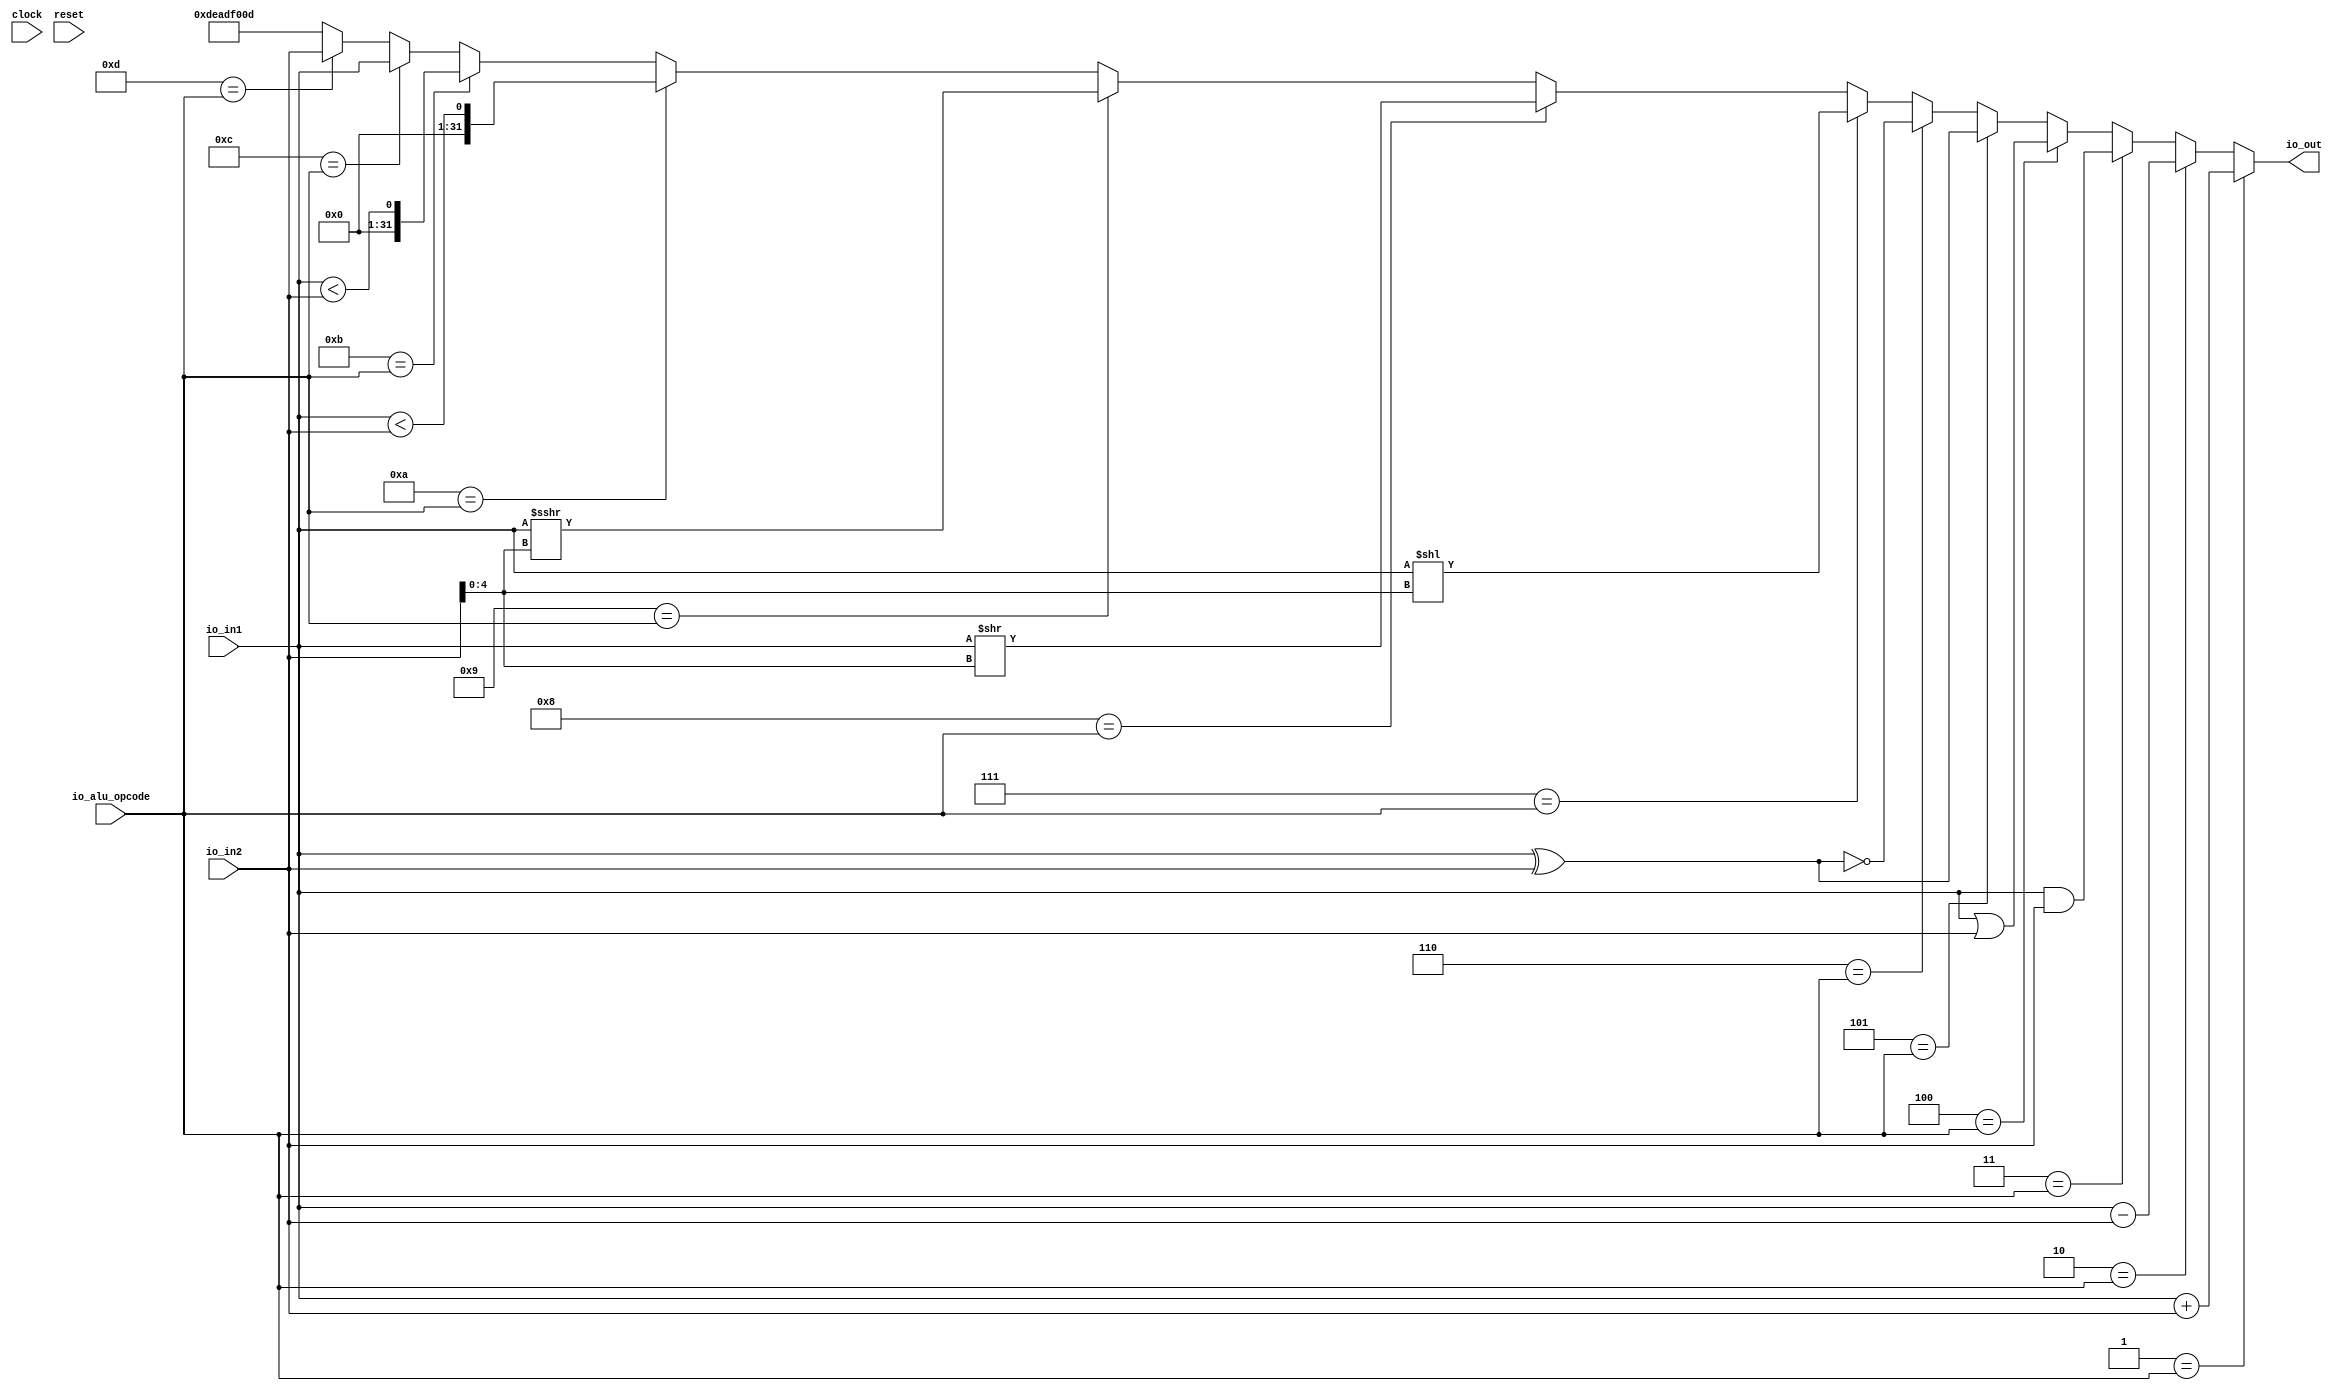
module ALU( // @[:@3.2]
  input         clock, // @[:@4.4]
  input         reset, // @[:@5.4]
  input  [31:0] io_in1, // @[:@6.4]
  input  [31:0] io_in2, // @[:@6.4]
  input  [12:0] io_alu_opcode, // @[:@6.4]
  output [31:0] io_out // @[:@6.4]
);
  wire [31:0] _T_21 = io_in1 + io_in2; // @[ALUTester.scala 38:32:@13.4]
  wire [31:0] _T_24 = io_in1 - io_in2; // @[ALUTester.scala 39:32:@16.4]
  wire [31:0] _T_25 = io_in1 & io_in2; // @[ALUTester.scala 40:32:@17.4]
  wire [31:0] _T_26 = io_in1 | io_in2; // @[ALUTester.scala 41:31:@18.4]
  wire [31:0] _T_27 = io_in1 ^ io_in2; // @[ALUTester.scala 42:32:@19.4]
  wire [31:0] _T_29 = ~_T_27; // @[ALUTester.scala 43:26:@21.4]
  wire [62:0] _GEN_0 = {{31'd0}, io_in1}; // @[ALUTester.scala 44:38:@23.4]
  wire [62:0] _T_31 = _GEN_0 << io_in2[4:0]; // @[ALUTester.scala 44:38:@23.4]
  wire [31:0] _T_33 = io_in1 >> io_in2[4:0]; // @[ALUTester.scala 45:46:@25.4]
  wire [31:0] _T_37 = $signed(io_in1) >>> io_in2[4:0]; // @[ALUTester.scala 48:73:@29.4]
  wire  _T_40 = $signed(io_in1) < $signed(io_in2); // @[ALUTester.scala 49:47:@32.4]
  wire  _T_41 = io_in1 < io_in2; // @[ALUTester.scala 50:48:@33.4]
  wire  _T_42 = 13'hd == io_alu_opcode; // @[Mux.scala 46:19:@34.4]
  wire [31:0] _T_43 = _T_42 ? io_in2 : 32'hdeadf00d; // @[Mux.scala 46:16:@35.4]
  wire  _T_44 = 13'hc == io_alu_opcode; // @[Mux.scala 46:19:@36.4]
  wire [31:0] _T_45 = _T_44 ? io_in1 : _T_43; // @[Mux.scala 46:16:@37.4]
  wire  _T_46 = 13'hb == io_alu_opcode; // @[Mux.scala 46:19:@38.4]
  wire [31:0] _T_47 = _T_46 ? {{31'd0}, _T_41} : _T_45; // @[Mux.scala 46:16:@39.4]
  wire  _T_48 = 13'ha == io_alu_opcode; // @[Mux.scala 46:19:@40.4]
  wire [31:0] _T_49 = _T_48 ? {{31'd0}, _T_40} : _T_47; // @[Mux.scala 46:16:@41.4]
  wire  _T_50 = 13'h9 == io_alu_opcode; // @[Mux.scala 46:19:@42.4]
  wire [31:0] _T_51 = _T_50 ? _T_37 : _T_49; // @[Mux.scala 46:16:@43.4]
  wire  _T_52 = 13'h8 == io_alu_opcode; // @[Mux.scala 46:19:@44.4]
  wire [31:0] _T_53 = _T_52 ? _T_33 : _T_51; // @[Mux.scala 46:16:@45.4]
  wire  _T_54 = 13'h7 == io_alu_opcode; // @[Mux.scala 46:19:@46.4]
  wire [62:0] _T_55 = _T_54 ? _T_31 : {{31'd0}, _T_53}; // @[Mux.scala 46:16:@47.4]
  wire  _T_56 = 13'h6 == io_alu_opcode; // @[Mux.scala 46:19:@48.4]
  wire [62:0] _T_57 = _T_56 ? {{31'd0}, _T_29} : _T_55; // @[Mux.scala 46:16:@49.4]
  wire  _T_58 = 13'h5 == io_alu_opcode; // @[Mux.scala 46:19:@50.4]
  wire [62:0] _T_59 = _T_58 ? {{31'd0}, _T_27} : _T_57; // @[Mux.scala 46:16:@51.4]
  wire  _T_60 = 13'h4 == io_alu_opcode; // @[Mux.scala 46:19:@52.4]
  wire [62:0] _T_61 = _T_60 ? {{31'd0}, _T_26} : _T_59; // @[Mux.scala 46:16:@53.4]
  wire  _T_62 = 13'h3 == io_alu_opcode; // @[Mux.scala 46:19:@54.4]
  wire [62:0] _T_63 = _T_62 ? {{31'd0}, _T_25} : _T_61; // @[Mux.scala 46:16:@55.4]
  wire  _T_64 = 13'h2 == io_alu_opcode; // @[Mux.scala 46:19:@56.4]
  wire [62:0] _T_65 = _T_64 ? {{31'd0}, _T_24} : _T_63; // @[Mux.scala 46:16:@57.4]
  wire  _T_66 = 13'h1 == io_alu_opcode; // @[Mux.scala 46:19:@58.4]
  wire [62:0] _T_67 = _T_66 ? {{31'd0}, _T_21} : _T_65; // @[Mux.scala 46:16:@59.4]
  wire  _T_71 = ~reset; // @[ALUTester.scala 57:11:@63.6]
  assign io_out = _T_67[31:0];
  always @(posedge clock) begin
    `ifndef SYNTHESIS
    `ifdef PRINTF_COND
      if (`PRINTF_COND) begin
    `endif
        if (_T_71) begin
          $fwrite(32'h80000002,"io.alu_opcode = %d mux_alu_opcode = %d io.in1 = %x io.in2 = %x io.out = %x\n",
            io_alu_opcode,io_alu_opcode,io_in1,io_in2,io_out); // @[ALUTester.scala 57:11:@65.8]
        end
    `ifdef PRINTF_COND
      end
    `endif
    `endif // SYNTHESIS
  end
endmodule